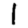
Digit: 1